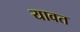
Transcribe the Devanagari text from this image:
यावत